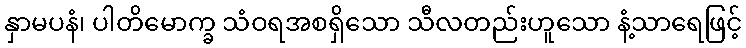
နှာမပနံ၊ ပါတိမောက္ခ သံဝရအစရှိသော သီလတည်းဟူသော နံ့သာရေဖြင့်